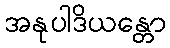
အနုပါဒိယန္တော